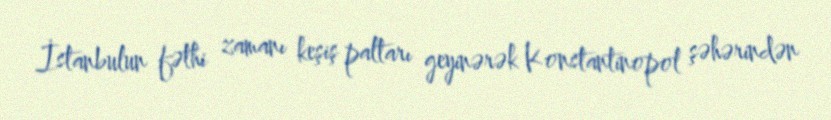
İstanbulun fəthi zamanı keşiş paltarı geyinərək Konstantinopol şəhərindən